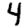
Digit: 4